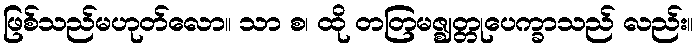
ဖြစ်သည်မဟုတ်လော။ သာ စ၊ ထို တတြမဇ္ဈတ္တုပေက္ခာသည် လည်း။